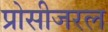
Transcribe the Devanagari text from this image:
प्रोसीजरल